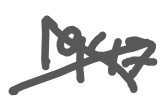
Text: 1947
Cross-out: cross
Writing tool: digital_gray